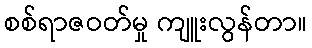
စစ်ရာဇဝတ်မှု ကျူးလွန်တာ။